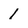
Character: 1